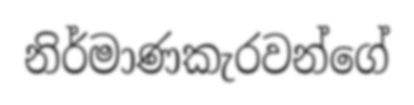
නිර්මාණකැරවන්ගේ